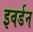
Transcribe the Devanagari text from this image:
इवर्डन